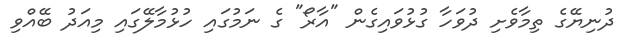
ދުނިޔޭގެ ތިމާވެށި ދުވަހާ ގުޅުވައިގެން "އާރޯ" ގެ ނަމުގައި ހުޅުމާލޭގައި މިއަދު ބޭއްވި